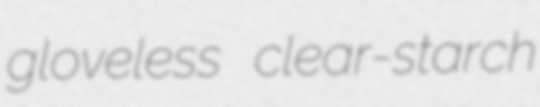
gloveless clear-starch